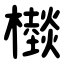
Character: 㰊